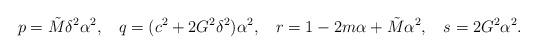
LaTeX: \begin{align*}p &= \tilde M \delta^2 \alpha^2,&q &= (c^2 + 2G^2\delta^2)\alpha^2,&r &= 1-2m \alpha +\tilde M \alpha^2,&s &= 2 G^2\alpha ^2.\end{align*}